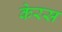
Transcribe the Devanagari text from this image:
केरस